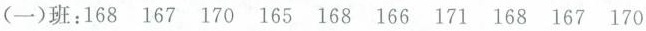
(一)班：168 167 170 165 168 166 171 168 167 170